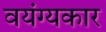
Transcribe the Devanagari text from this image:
वयंग्यकार